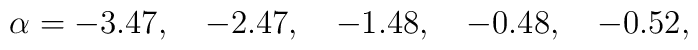
\alpha= -3.47,\quad -2.47,\quad -1.48,\quad -0.48,\quad -0.52,